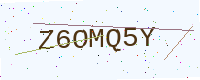
Text: Z6OMQ5Y